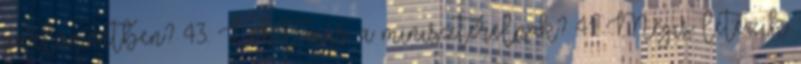
parlamentben? 43. Lehet más a miniszterelnök? 41. Mégis létezik